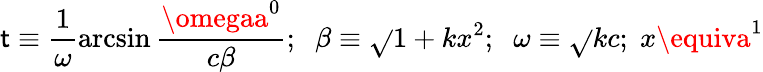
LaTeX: \mathsf{t}\equiv\frac{{1}}{{\omega}}\arcsin\frac{{\omegaa^{0}}}{{c\beta}};\; \; \beta\equiv\sqrt{}{{1+kx^{2}}};\; \; \omega\equiv\sqrt{}{{k}}c;\; x\equiva^{1}